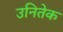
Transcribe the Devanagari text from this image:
उनितेक